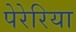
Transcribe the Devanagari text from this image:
पेरेरिया